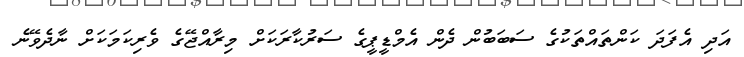
އަދި އެފަދަ ކަންތައްތަކުގެ ސަބަބުން ދެން އެމްޑީޕީގެ ސަރުކާރަކަށް މިރާއްޖޭގެ ވެރިކަމަކަށް ނާދެވޭނެ